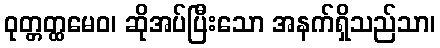
ဝုတ္တတ္ထမေဝ၊ ဆိုအပ်ပြီးသော အနက်ရှိသည်သာ၊